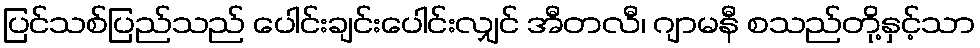
ပြင်သစ်ပြည်သည် ပေါင်းချင်းပေါင်းလျှင် အီတလီ၊ ဂျာမနီ စသည်တို့နှင့်သာ